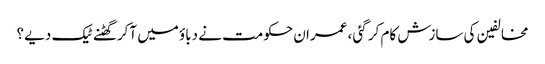
مخالفین کی سازش کام کر گئی ، عمران حکومت نے دباؤ میں آکر گھٹنے ٹیک دیے ؟